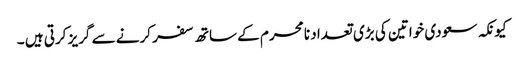
کیونکہ سعودی خواتین کی بڑی تعداد نا محرم کے ساتھ سفر کرنے سے گریز کرتی ہیں ۔